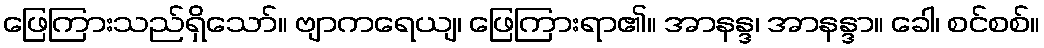
ဖြေကြားသည်ရှိသော်။ ဗျာကရေယျ၊ ဖြေကြားရာ၏။ အာနန္ဒ၊ အာနန္ဒာ။ ခေါ၊ စင်စစ်။